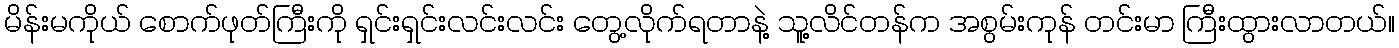
မိန်းမကိုယ် စောက်ဖုတ်ကြီးကို ရှင်းရှင်းလင်းလင်း တွေ့လိုက်ရတာနဲ့ သူ့လိင်တန်က အစွမ်းကုန် တင်းမာ ကြီးထွားလာတယ်။